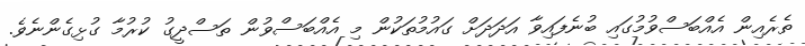
ތެރެއިން އެއްބަސްވުމުގައި ބުނެފައިވާ އަދަދަށް ގައުމުތަކުން މި އެއްބަސްވުން ތަސްދީގު ކުރުމާ ގުޅިގެންނެވެ.